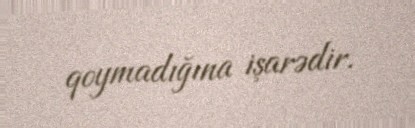
qoymadığına işarədir.